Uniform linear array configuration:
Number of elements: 12
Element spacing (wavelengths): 1
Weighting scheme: cosine
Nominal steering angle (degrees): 60
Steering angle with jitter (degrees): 58.553
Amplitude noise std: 0.05
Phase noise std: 0.05

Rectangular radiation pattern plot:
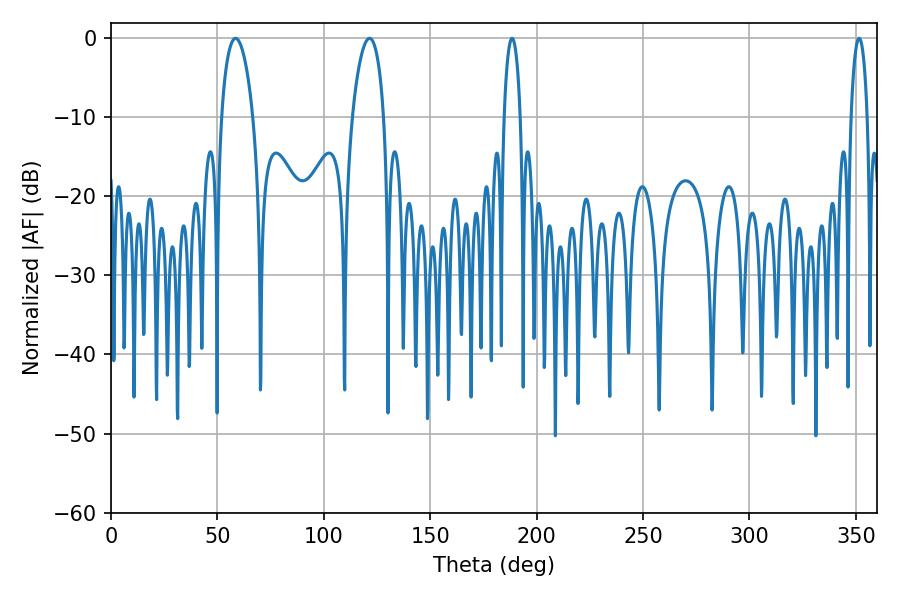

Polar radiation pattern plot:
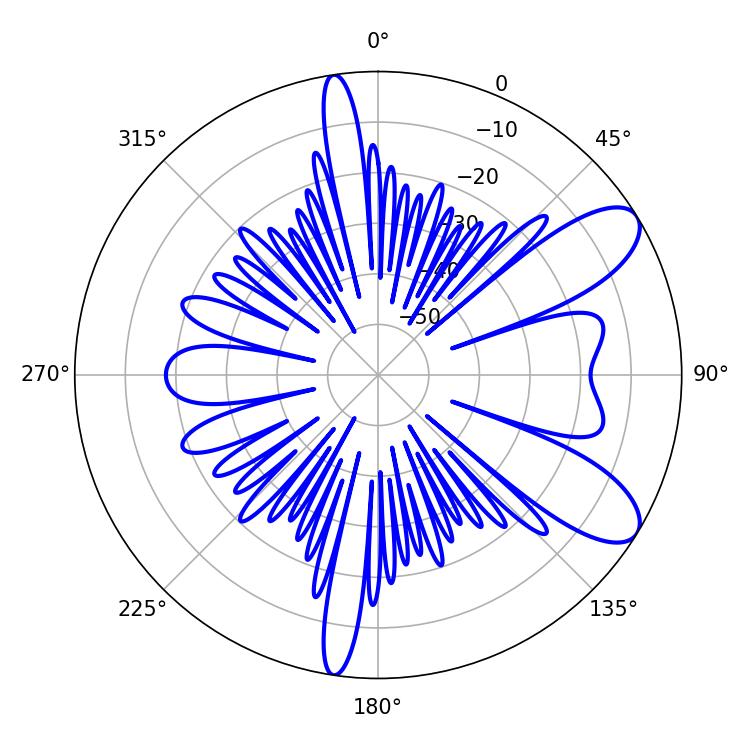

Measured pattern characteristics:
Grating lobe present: TRUE
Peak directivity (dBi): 9.042
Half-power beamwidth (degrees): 4.32
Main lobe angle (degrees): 188.46